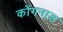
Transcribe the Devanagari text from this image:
कोंगनाड